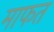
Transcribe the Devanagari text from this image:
माफत